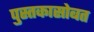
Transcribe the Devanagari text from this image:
पुस्तकासोबत